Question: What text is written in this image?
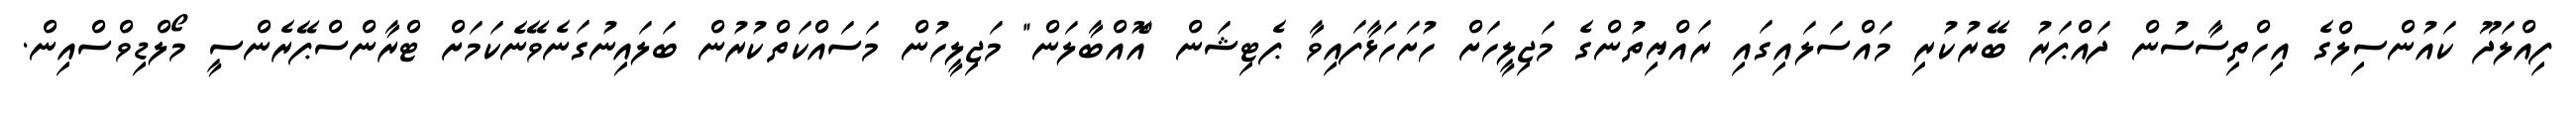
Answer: ފިއްލަދޫ ކައުންސިލްގެ އިހްތިސާސުން ދައްޕަރު ބޭރުކުރި މައްސަލައިގައި ރައްޔިތުންގެ މަޖިލީހަށް ހުށަހަޅާފައިވާ ޕެޓިޝަން "އޮއްބާލަން" މަޖިލީހުން މަސައްކަތްކުރުން ބަލައިނުގަނެވޭނެކަމަށް ޓްރާންސްޕޭރެންސީ މޯލްޑިވްސްއިން.